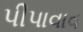
પીપાવાવ